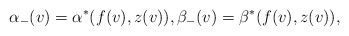
\begin{align*} \alpha_-(v)=\alpha^\ast(f(v),z(v)),\beta_-(v)=\beta^\ast(f(v),z(v)),\end{align*}